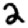
Digit: 2